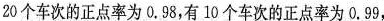
20个车次的正点率为0.98，有10个车次的正点率为0.99，